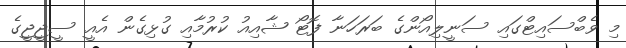
މި ވެބްސައިޓްގައި ސަނީލިއޯންގެ ބަރަހަނާ ފޮޓޯ ޝާއިއު ކުރުމާއި ގުޅިގެން އެއީ ސީޖީޖީގެ